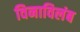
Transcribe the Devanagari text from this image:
विनाविलंब